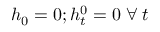
h _ { 0 } = 0 ; h _ { t } ^ { 0 } = 0 \; \forall \; t